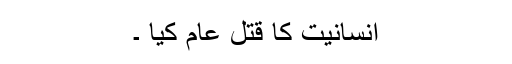
انسانیت کا قتل عام کیا ۔